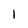
Character: 1